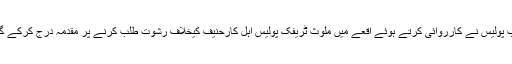
دوسری جانب پولیس نے کارروائی کرتے ہوئے اقعے میں ملوث ٹریفک پولیس اہل کارحنیف کیخلاف رشوت طلب کرنے پر مقدمہ درج کرکے گرفتار کرلیا ۔